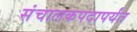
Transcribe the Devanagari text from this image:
संचालकपदापर्यंत